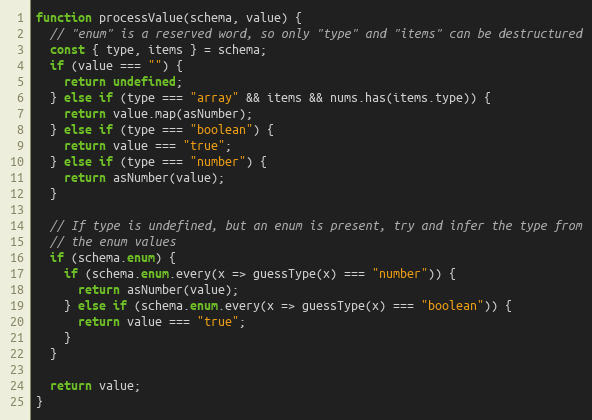
Language: JavaScript
function processValue(schema, value) {
  // "enum" is a reserved word, so only "type" and "items" can be destructured
  const { type, items } = schema;
  if (value === "") {
    return undefined;
  } else if (type === "array" && items && nums.has(items.type)) {
    return value.map(asNumber);
  } else if (type === "boolean") {
    return value === "true";
  } else if (type === "number") {
    return asNumber(value);
  }

  // If type is undefined, but an enum is present, try and infer the type from
  // the enum values
  if (schema.enum) {
    if (schema.enum.every(x => guessType(x) === "number")) {
      return asNumber(value);
    } else if (schema.enum.every(x => guessType(x) === "boolean")) {
      return value === "true";
    }
  }

  return value;
}